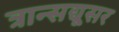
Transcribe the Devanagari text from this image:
त्रान्सद्यूसर